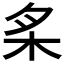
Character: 𰗕